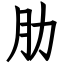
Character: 肋